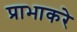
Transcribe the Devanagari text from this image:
प्राभाकरे